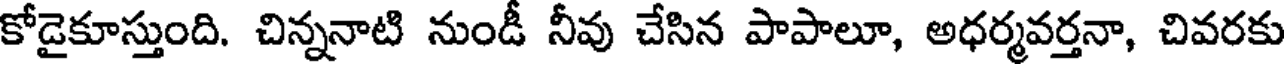
కోడైకూస్తుంది. చిన్ననాటి నుండీ నీవు చేసిన పాపాలూ, అధర్మవర్తనా, చివరకు